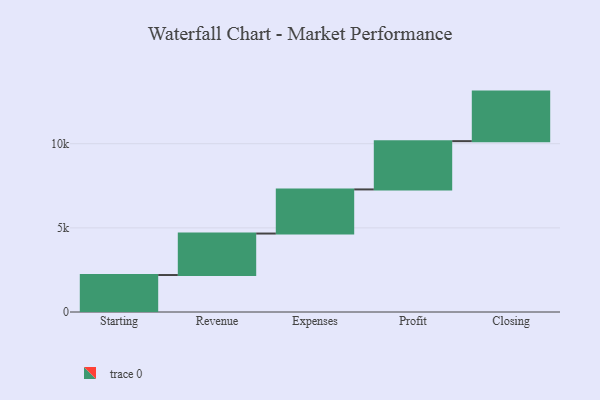
{"axis": {"x": "Step", "y": "Value"}, "legend": [""], "data": [{"x": "Starting", "y": 2197.0, "type": ""}, {"x": "Revenue", "y": 2466.0, "type": ""}, {"x": "Expenses", "y": 2622.0, "type": ""}, {"x": "Profit", "y": 2869.0, "type": ""}, {"x": "Closing", "y": 2944.0, "type": ""}]}